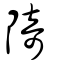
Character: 陭